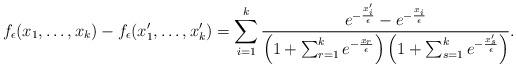
LaTeX: \begin{align*} f_\epsilon(x_1, \dots, x_k) - f_\epsilon(x'_1, \dots, x'_k) = \sum_{i=1}^k \frac{e^{-\frac{x'_i}{\epsilon}} - e^{-\frac{x_i}{\epsilon}}}{\left ( 1 + \sum_{r =1}^k e^{-\frac{x_r}{\epsilon}} \right )\left ( 1 + \sum_{s =1}^k e^{-\frac{x'_s}{\epsilon}} \right ) }.\end{align*}